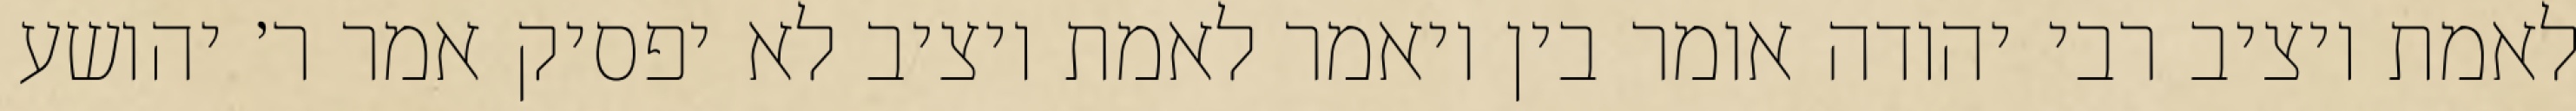
לאמת ויציב רבי יהודה אומר בין ויאמר לאמת ויציב לא יפסיק אמר ר׳ יהושע